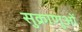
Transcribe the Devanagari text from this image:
सुक्राणुओं